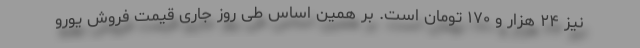
نیز ۲۴ هزار و ۱۷۰ تومان است. بر همین‌ اساس طی روز جاری قیمت فروش یورو